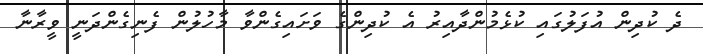
ދެ ކުދިން އުފަލުގައި ކުޅެމުންދާއިރު އެ ކުދިންގެ ވަށައިގެންވާ މާހުލުން ފެނިގެންދަނީ ވީރާނާ